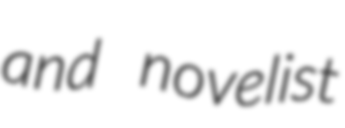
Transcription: and novelist